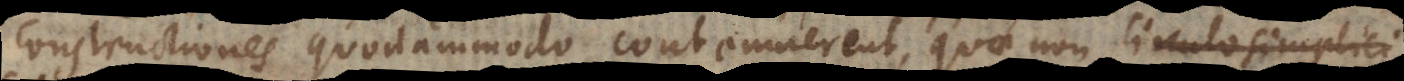
constructiones quodammodo contemnerent, quae non